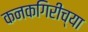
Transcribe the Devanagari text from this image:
कनकगिरीच्या